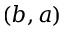
( b , a )